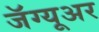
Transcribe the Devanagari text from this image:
जॅग्यूअर